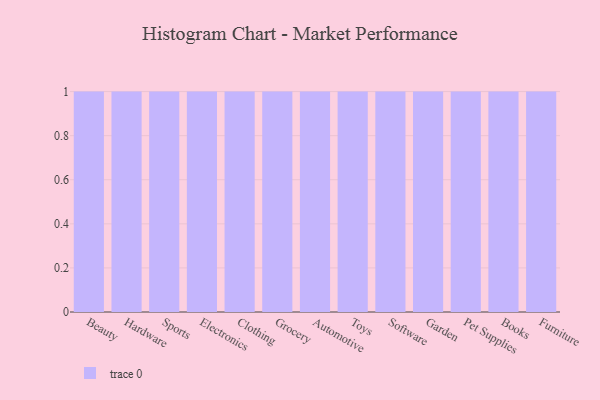
{"axis": {"x": "Category", "y": "Website Visitors"}, "legend": [""], "data": [{"x": "Beauty", "y": 62, "type": ""}, {"x": "Hardware", "y": 16, "type": ""}, {"x": "Sports", "y": 32, "type": ""}, {"x": "Electronics", "y": 71, "type": ""}, {"x": "Clothing", "y": 28, "type": ""}, {"x": "Grocery", "y": 73, "type": ""}, {"x": "Automotive", "y": 25, "type": ""}, {"x": "Toys", "y": 39, "type": ""}, {"x": "Software", "y": 76, "type": ""}, {"x": "Garden", "y": 5, "type": ""}, {"x": "Pet Supplies", "y": 21, "type": ""}, {"x": "Books", "y": 67, "type": ""}, {"x": "Furniture", "y": 58, "type": ""}]}